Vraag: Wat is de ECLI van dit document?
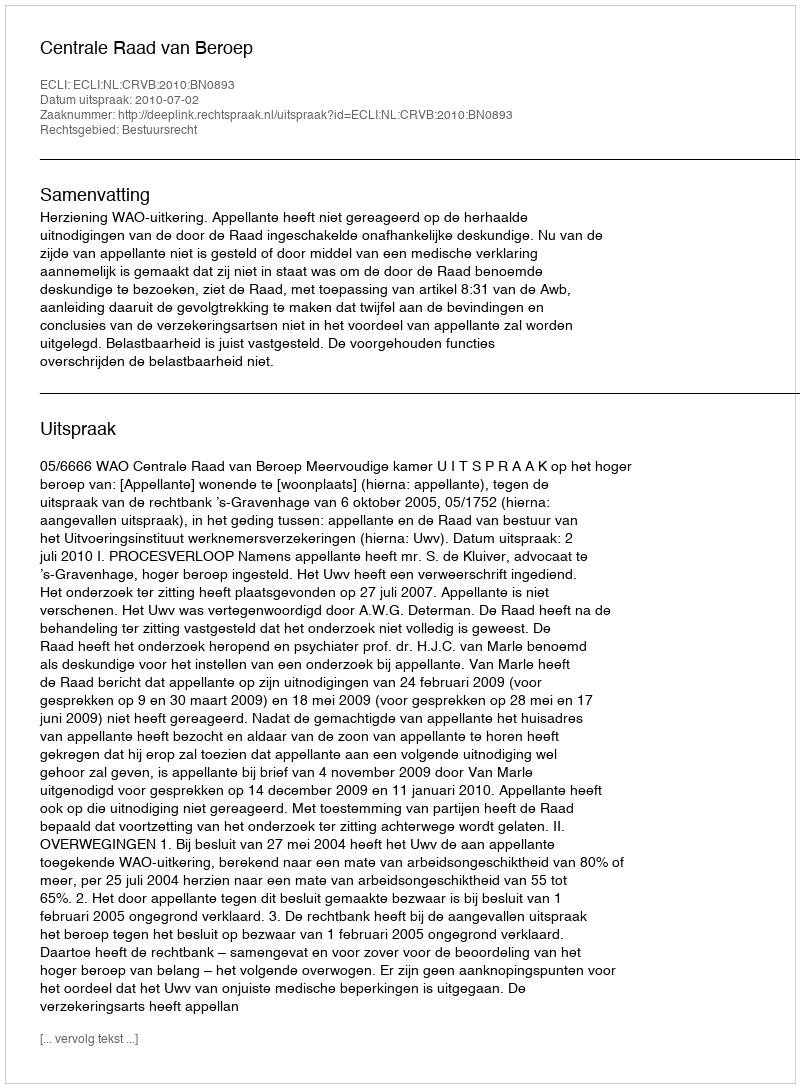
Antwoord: ECLI:NL:CRVB:2010:BN0893